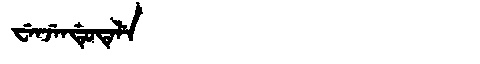
Manchu: ᠸᡝᠨᠵᡝᠨᡩᡠᡨᡝᠯᡝ
Romanization: WENJENDUTELE